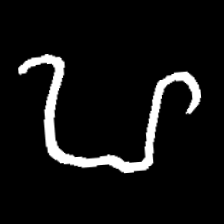
Pyu character \u2014 Myanmar letter: ဟ (romanized: ha)